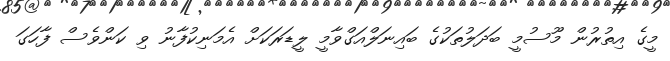
މީގެ އިތުރުން މޫސުމީ ބަދަލުތަކުގެ ބައިނަލްއަގްވާމީ ލީޑަރަކަށް އެމަނިކުފާނު ވި ކަންވެސް ފާހަގަ